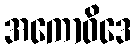
အကောဝိဒေ